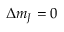
\Delta m _ { J } = 0